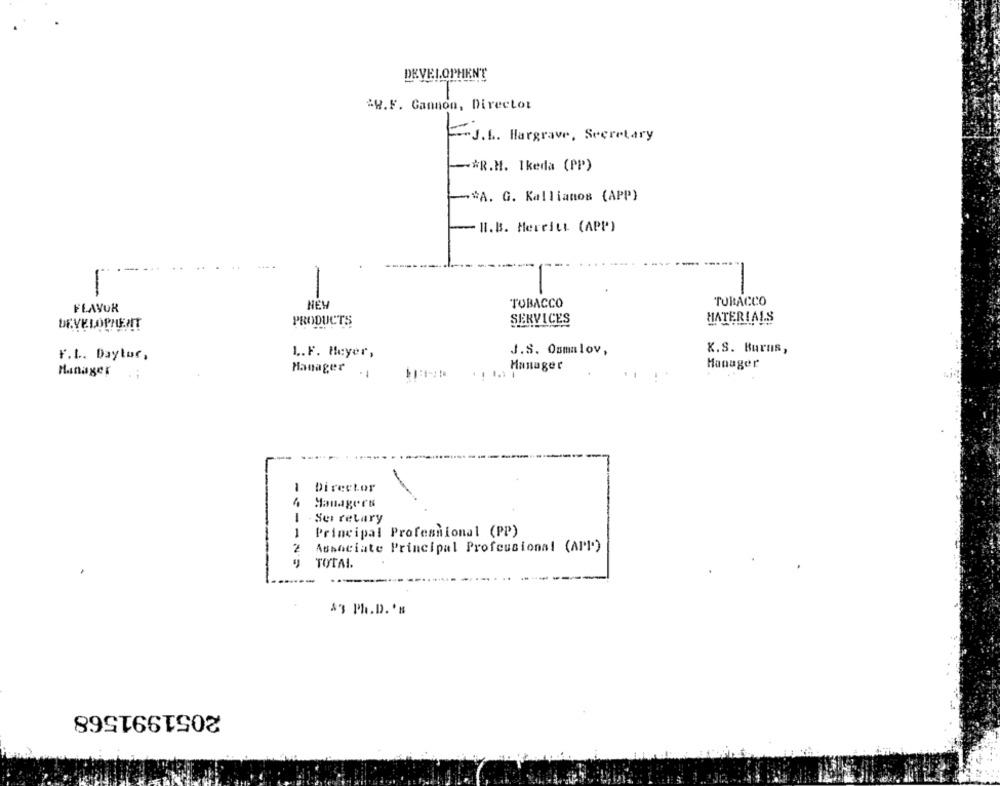
DEVELOPHENT
-w.F. Cannon, Director
J.L. Hargrave, Secretary
-* R.M. Ikeda (PP)
-* A. G. Kallianos (APP)
B.B. Merritt (APP)
-
-
NEY
TOBACCO
TOBACCO
FLAVOR
PRODUCTS
SERVICES
HATERIA
DEVELOPMENT
1 .. F. Meyer,
J.S. Osmalov,
X.S. Burns,
F.L .. Daytur,
Manager
Manager
Manager
Manager .:
1
Director
-
Managers
-
Ser relary
1
Principal Professional (PP)
2
Associate Principal Professional (API)
TOTAL.
$3 Ph.D. 's
2051991568